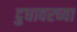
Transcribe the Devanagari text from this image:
दुधावरच्या